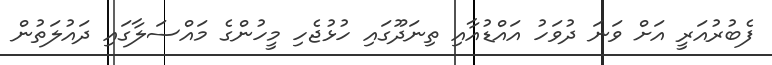
ފެބުރުއަރީ އަށް ވަނަ ދުވަހު އައްޑުއާއި ތިނަދޫގައި ހުޅުޖެހި މީހުންގެ މައްސަލާގައި ދައުލަތުން